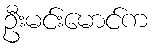
ဦးမင်းမောင်က